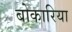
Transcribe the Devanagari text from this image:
बोकारिया